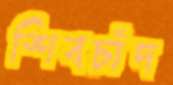
শিবচাঁদ